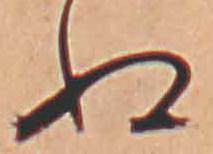
ぬ